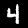
Digit: 4